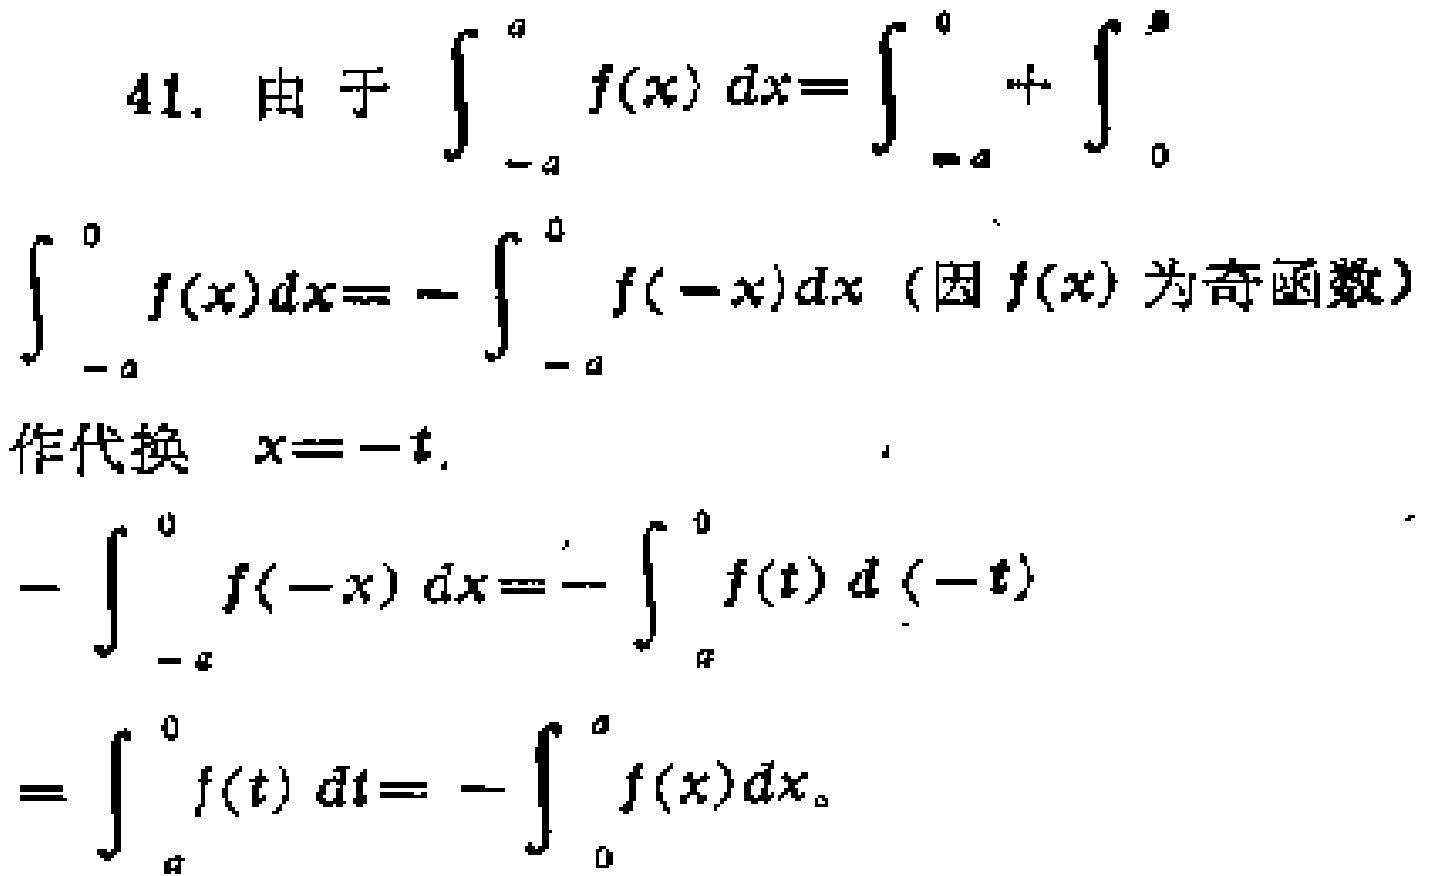
41. 由于 \(\int_{-a}^{a} f(x) dx = \int_{-a}^{0}+\int_{0}^{a}\)
\(\int_{-a}^{0} f(x) dx = -\int_{-a}^{0} f(-x) dx\)（因 \(f(x)\) 为奇函数）
作代换 \(x = -t\).
\(-\int_{-a}^{0} f(-x) dx = -\int_{a}^{0} f(t) d(-t)\)
\(=\int_{a}^{0} f(t) dt = -\int_{0}^{a} f(x) dx\)。